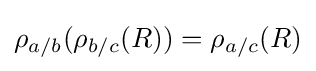
\rho _{a/b}(\rho _{b/c}(R))=\rho _{a/c}(R)\,\!